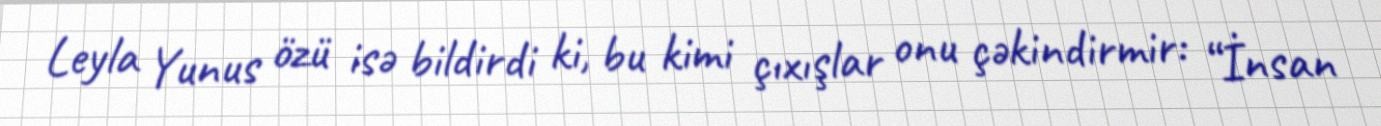
Leyla Yunus özü isə bildirdi ki, bu kimi çıxışlar onu çəkindirmir: “İnsan